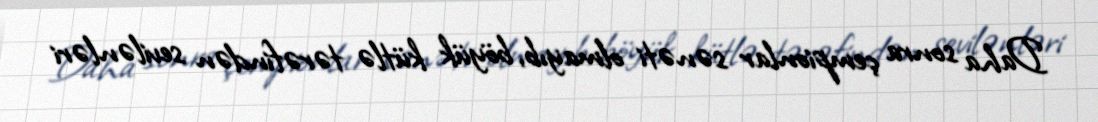
Daha sonra çempionlar sənəti olmayıb, böyük kütlə tərəfindən sevilənləri